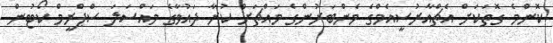
ކޮންމެ ގޮތަކަށް އެޗްއާރުސީއެމްގެ މެންބަރުންގެ މައްޗަށް ކުރާ ދައުވާގެ މައްސަލަ ސްޕްރީމް ކޯޓުން